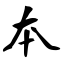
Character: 本